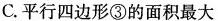
C.平行四边形③的面积最大